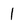
Character: l